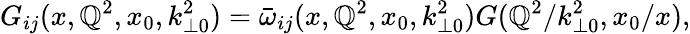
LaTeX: G_{ij}(x,\mathbb{Q}^{2},x_{0},k_{\perp0}^{2})=\bar{{\omega}}_{ij}(x,\mathbb{Q}^{2},x_{0},k_{\perp0}^{2})G(\mathbb{Q}^{2}/k_{\perp0}^{2},x_{0}/x),